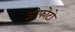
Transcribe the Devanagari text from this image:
जीफोटो